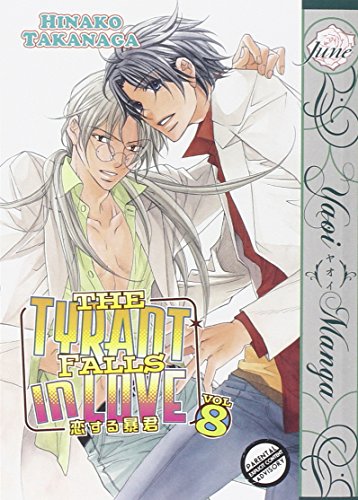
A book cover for The Tyrant Falls in Love Volume 8 (Yaoi) (Tyrant Falls in Love Gn); Hinako Takanaga; Comics & Graphic Novels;